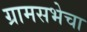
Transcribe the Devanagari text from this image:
ग्रामसभेचा